Burma Government Medical School reports 1923-41
Year: 1923
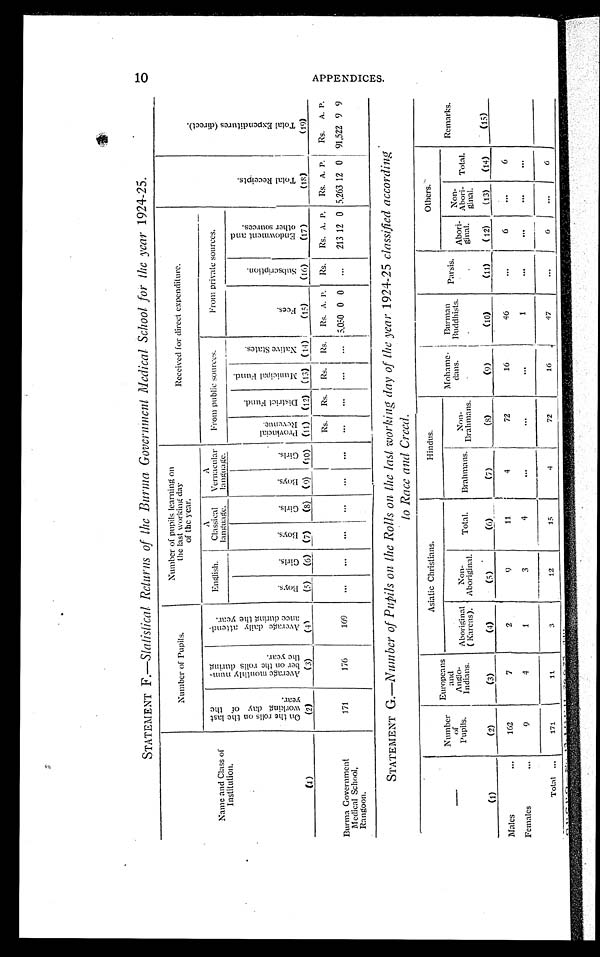
STATEMENT F.—Statistical Returns of the Burma Government Medical School for the year 1924-25.
Name and Class of
Institution.
Number of Pupils,
Number of pupils learning on
the last working day
of the year.
Received for direct expenditure.
---
T o t a l R e c e i p t s .
T o t a l E x p e n d i t u r e s ( d i r e c t ) .
.1:::::
O n t h e r o l l s o n t h e l a s t w o r k i n g d a y o f t h e y e a r .
A v e r a g e m o n t h l y n u m b e r o f t h e r o l l s d u r i n g t h e y e a r .
A v e r a g e d a i l y a t t e n d a n c e d u r i n g t h e y e a r .
English.
A
Classical
language.
A
Vernacular
language.
From public sources.
From private sources.
B o y s .
G i r l s .
Boys.
G i r l s .
Boys.
G i r l s .
P r o v i n c i a l R e v e n u e .
D i s t r i c t F u n d .
M u n i c i p a l F u n d .
N a t i v e S t a t e s .
F e e s .
S u b s c r i p t i o n s .
E n d o w m e n t a n d o t h e r s o u c e s .
(1)
(2)
(3)
( 4 )
(5)
(6) (7)
(8) (9) (10) (11) I (12) (13) (14)
(15)
(16)
(17)
(18)
(19)
Rs. Rs. Rs. Rs. Rs. A. P. Rs. Rs. A. P. Rs. A. P. I Rs. A. P.
Burma Government
Medical School,
Rangoon.
171
176
169
..
1
5,050 0 0
...
213 12 0 5,263 12 0 91,522 9 9
STATEMENT G.—Number of Pupils on the Rolls on. the last working day of the year 1924-25 classified according
to Race and Creed.
--
(1)
Number
of
Pupils.
(2)
Europeans
and
Anglo-
Indians.
(3)
Asiatic Christians.
Hindus.
M o h a m e d a n s .
(9)
I
Burman
Buddhists.
(10)
P a r s i s . ( 1 1 )
Others.
Remarks.
,
(15)
Aboriginal
( Karens).
(4)
Non-
Aboriginal.
(3)
Total.
(6)
Brahmans.
(7)
N o n - B r a h m a n s . ( 8 )
Abori-
ginal.
t (12)
Non-
Abort-
ginal.
(13)
Total.
(14)
Males
...
162
7
2
9
11
4
72
16
46
...
I
6
...
6
Females
...
9
4
1
3
...
...
1
...
...
...
...
Total ...
171
11
3
12
15
4
72
16
47
...
6
...
6
1-1
ro
Si)
O